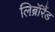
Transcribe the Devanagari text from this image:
लिब्रॉरैंड